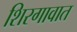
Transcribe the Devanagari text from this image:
शिरगावात